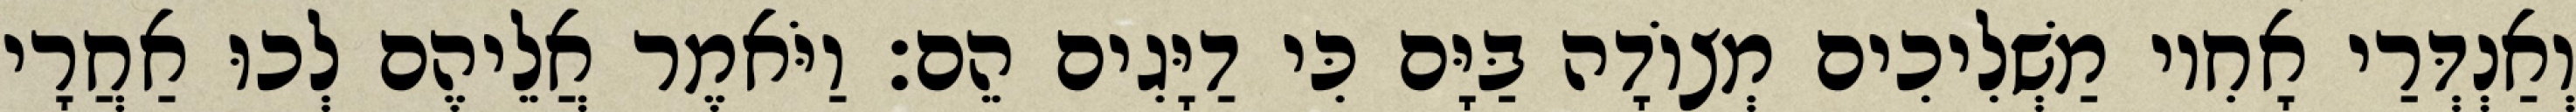
וְאַנְדְּרַי אָחִיו מַשְׁלִיכִים מְצוֹדָה בַּיָּם כִּי דַיָּגִים הֵם׃ וַיֹּאמֶר אֲלֵיהֶם לְכוּ אַחֲרָי